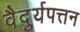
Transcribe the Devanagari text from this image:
वैदुर्यपत्तन